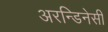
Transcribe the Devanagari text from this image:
अरन्डिनेसी